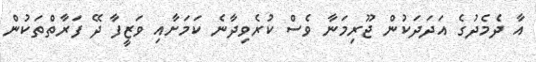
އާ ދެމެދުގެ އަދަދަކުން ޖޫރިމަނާ ވެސް ކުރެވިދާނެ ކަމަށާއި ވަޒީފާ ދޭ ފަރާތްތަކުން